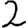
Digit: 2